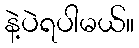
နဲ့ပဲရပါမယ်။